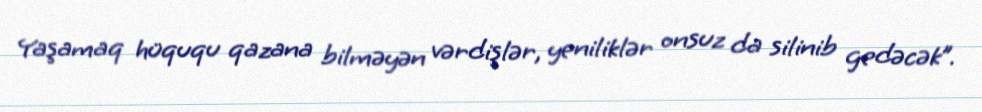
Yaşamaq hüququ qazana bilməyən vərdişlər, yeniliklər onsuz da silinib gedəcək”.